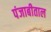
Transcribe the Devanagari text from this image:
पंजाबीताल